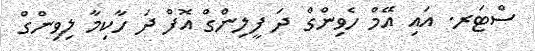
ސްޓަރ. އައި އޭމް ހެވިންގް ދަ ފީލިންގް އޮފް ދަ ހާކިމާ ލިވިންގް